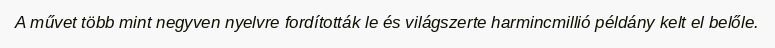
A művet több mint negyven nyelvre fordították le és világszerte harmincmillió példány kelt el belőle.